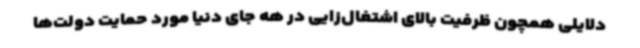
دلایلی همچون ظرفیت بالای اشتغال‌زایی در هه جای دنیا مورد حمایت دولت‌ها